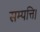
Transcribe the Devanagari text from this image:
सम्पत्ति।